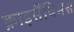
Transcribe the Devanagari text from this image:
क्राइसैंथिमस